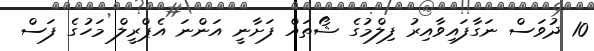
10 ދުވަސް ނަގާފައިވާއިރު ފިލްމުގެ ޝޯތައް ފަށާނީ އަންނަ އެޕްރީލް މަހުގެ ފަސް